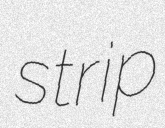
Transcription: strip